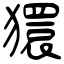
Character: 獧